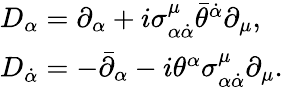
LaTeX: \begin{array}{ll}{{D_{\alpha}=\partial_{\alpha}+i\sigma_{\alpha\dot{\alpha}}^{\mu}\bar{\theta}^{\dot{\alpha}}\partial_{\mu},}}\\ {{D_{\dot{\alpha}}=-\bar{\partial}_{\alpha}-i\theta^{\alpha}\sigma_{\alpha\dot{\alpha}}^{\mu}\partial_{\mu}.}}\end{array}